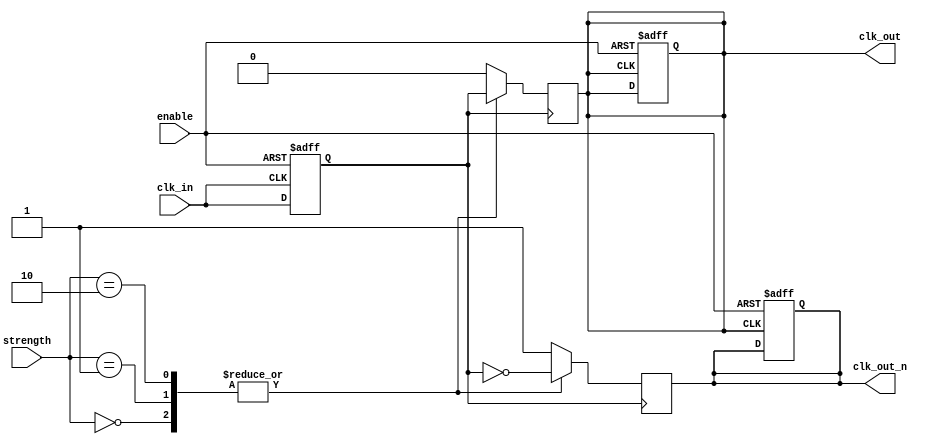
module LowPowerClockBuffer (
    input wire clk_in,          // Input clock signal
    input wire enable,          // Enable signal for the buffer
    input wire [1:0] strength,  // Programmable output strength (00: low, 01: medium, 10: high)
    output reg clk_out,         // Single-ended output clock signal
    output reg clk_out_n        // Differential output clock signal (inverted)
);

    // Parameters for output drive strength
    parameter LOW_DRIVE = 1'b0;
    parameter MEDIUM_DRIVE = 1'b1;
    parameter HIGH_DRIVE = 2'b10;

    // Internal signal for clock conditioning
    reg clk_cond;

    // Input Stage: Conditioning the clock signal
    always @(posedge clk_in or negedge enable) begin
        if (!enable) begin
            clk_cond <= 1'b0; // Disable output when not enabled
        end else begin
            clk_cond <= clk_in; // Condition the clock for buffering
        end
    end

    // Buffer Stage: Amplifying the clock signal
    always @(posedge clk_cond) begin
        case (strength)
            LOW_DRIVE: begin
                clk_out <= clk_cond; // Low drive strength
                clk_out_n <= ~clk_cond;
            end
            MEDIUM_DRIVE: begin
                clk_out <= clk_cond; // Medium drive strength
                clk_out_n <= ~clk_cond;
            end
            HIGH_DRIVE: begin
                clk_out <= clk_cond; // High drive strength
                clk_out_n <= ~clk_cond;
            end
            default: begin
                clk_out <= 1'b0; // Default case
                clk_out_n <= 1'b1;
            end
        endcase
    end

    // Output Stage: Driving the output load
    always @(posedge clk_out or negedge enable) begin
        if (!enable) begin
            clk_out <= 1'b0; // Disable output when not enabled
            clk_out_n <= 1'b1;
        end
    end

endmodule